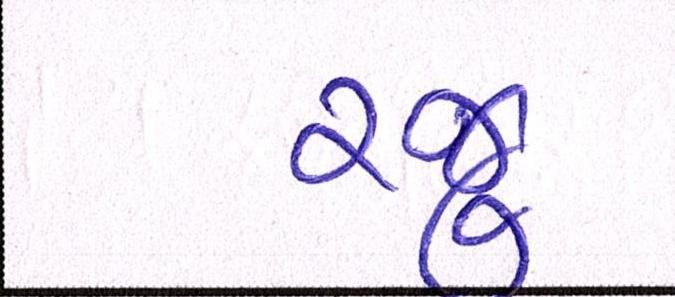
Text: રજૂ